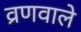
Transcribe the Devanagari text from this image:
व्रणवाले